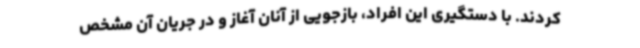
کردند. با دستگیری این افراد، بازجویی از آنان آغاز و در جریان آن مشخص